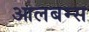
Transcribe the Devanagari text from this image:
आलबम्स